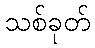
သစ်ခုတ်